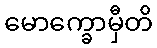
မောက္ခောမှီတိ